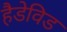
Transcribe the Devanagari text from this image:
हैडेविड